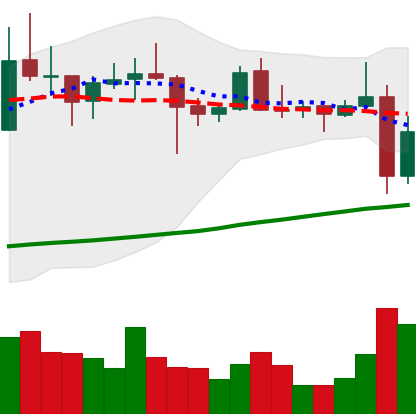
Ticker: XRP-USD
Chart end date: 2021-10-28
Forward return: 7.308%
Label: up_7plus